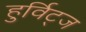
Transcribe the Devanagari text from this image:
हुर्विट्ज